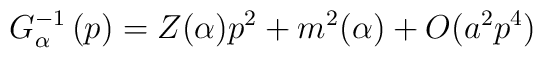
G_{\alpha }^{-1}\left( p\right) =Z(\alpha )p^{2}+m^{2}(\alpha )+O(a^{2}p^{4})